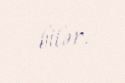
bilər.